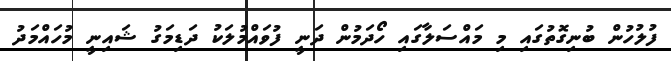
ފުލުހުން ބުނިގޮތުގައި މި މައްސަލާގައި ހޯދަމުން ދަނީ ފުވައްމުލަކު ދަޑިމަގު ޝައިނީ މުހައްމަދު